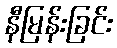
နီမြန်းခြင်း